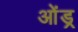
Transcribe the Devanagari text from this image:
ओंड्र